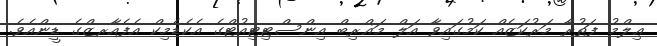
ޢިލްމު ފަތުރާ މަރުކަޒެއް ކަމުގައިވާ އަލް މަޣްރިބް އިންސްޓިޓިއުޓްގެ އެކެޑެމިކް އެފެއާރޒްގެ ޑީންއެވެ.